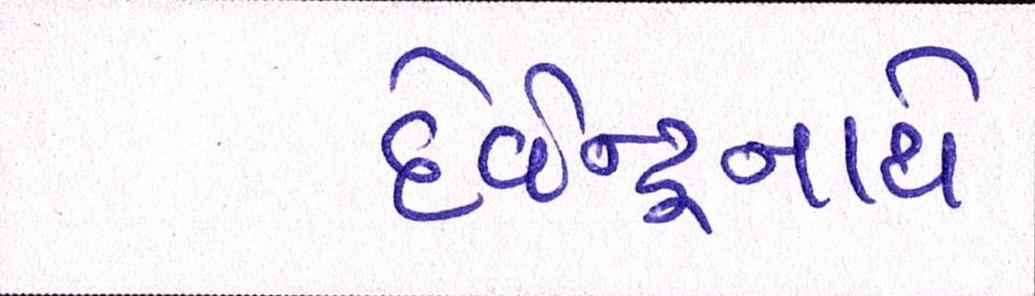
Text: દેવેન્દ્રનાથે